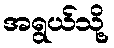
အရွယ်သို့